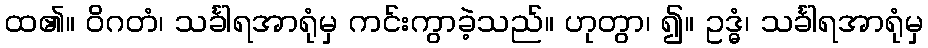
ထ၏။ ဝိဂတံ၊ သင်္ခါရအာရုံမှ ကင်းကွာခဲ့သည်။ ဟုတွာ၊ ၍။ ဥဒ္ဓံ၊ သင်္ခါရအာရုံမှ